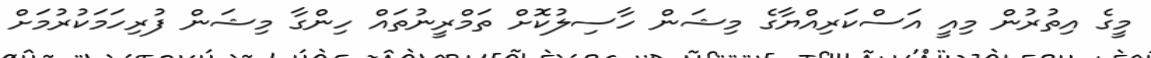
މީގެ އިތުރުން މިއީ އަސްކަރިއްޔާގެ މިޝަން ހާސިލުކޮށް ތަމްރީނުތައް ހިންގާ މިޝަން ފުރިހަމަކުރުމަށް